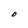
Character: O